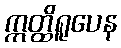
ဣတ္ထိရူပေန